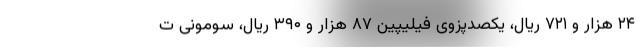
۲۴ هزار و ۷۲۱ ریال، یکصدپزوی فیلیپین ۸۷ هزار و ۳۹۰ ریال، سومونی ت